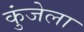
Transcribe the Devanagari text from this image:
कुंजेला